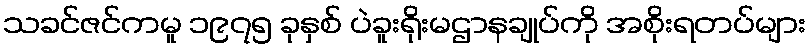
သခင်ဇင်ကမူ ၁၉၇၅ ခုနှစ် ပဲခူးရိုးမဌာနချုပ်ကို အစိုးရတပ်များ